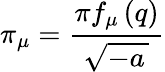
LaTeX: \pi_{\mu}=\frac{\pi f_{\mu}\left(q\right)}{\sqrt{-a\, }}